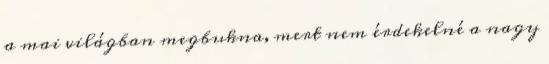
a mai világban megbukna, mert nem érdekelné a nagy